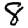
Digit: 8